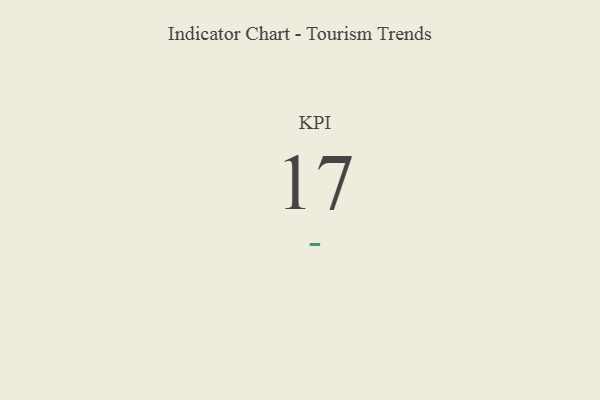
{"axis": {"x": "KPI", "y": "Value"}, "legend": [""], "data": [{"x": "KPI", "y": 17, "type": ""}]}